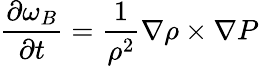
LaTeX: \frac{\partial\omega_{B}}{\partial t}=\frac{1}{\rho^{2}}\nabla\rho\times\nabla P